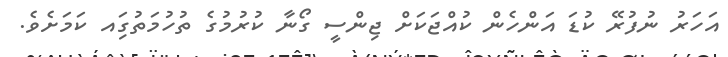
އަހަރު ނުފުރޭ ކުޑަ އަންހެން ކުއްޖަކަށް ޖިންސީ ގޯނާ ކުރުމުގެ ތުހުމަތުގަިއ ކަމަށެވެ.